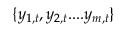
\{ y _ { 1 , t } , y _ { 2 , t } . . . . y _ { m , t } \}